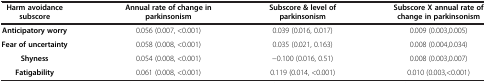
<table><thead><tr><td><b>Harm avoidance subscore</b></td><td><b>Annual rate of change in parkinsonism</b></td><td><b>Subscore &amp; level of parkinsonism</b></td><td><b>Subscore X annual rate of change in parkinsonism</b></td></tr></thead><tbody><tr><td><b>Anticipatory worry</b></td><td>0.056 (0.007, &lt;0.001)</td><td>0.039 (0.016, 0.017)</td><td>0.009 (0.003,0.005)</td></tr><tr><td><b>Fear of uncertainty</b></td><td>0.058 (0.008, &lt;0.001)</td><td>0.035 (0.021, 0.163)</td><td>0.008 (0.004,0.034)</td></tr><tr><td><b>Shyness</b></td><td>0.054 (0.008, &lt;0.001)</td><td>-0.100 (0.016, 0.51)</td><td>0.008 (0.003,0.007)</td></tr><tr><td><b>Fatigability</b></td><td>0.061 (0.008, &lt;0.001)</td><td>0.119 (0.014, &lt;0.001)</td><td>0.010 (0.003,&lt;0.001)</td></tr></tbody></table>